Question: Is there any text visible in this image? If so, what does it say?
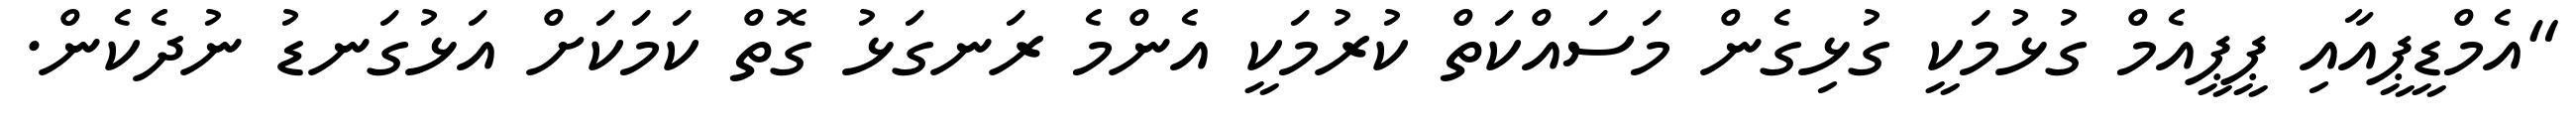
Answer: "އެމްޑީޕީއާއި ޕީޕީއެމް ގުޅުމަކީ ގުޅިގެން މަސައްކަތް ކުރުމަކީ އެންމެ ރަނގަޅު ގޮތް ކަމަކަށް އަޅުގަނޑު ނުދެކެން.